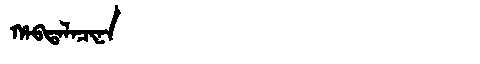
Manchu: ᡥᠠᠪᡨᠠᠯᠠᠴᡳᠨᠠ
Romanization: HABTALACINA